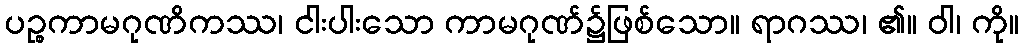
ပဉ္စကာမဂုဏိကဿ၊ ငါးပါးသော ကာမဂုဏ်၌ဖြစ်သော။ ရာဂဿ၊ ၏။ ဝါ၊ ကို။